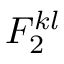
F _ { 2 } ^ { k l }